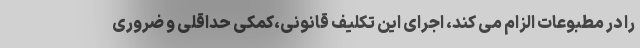
را در مطبوعات الزام می کند، اجرای این تکلیف قانونی،کمکی حداقلی و ضروری